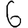
Digit: 6